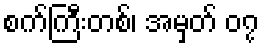
စက်ကြီးတစ်၊ အမှတ် ၀၇